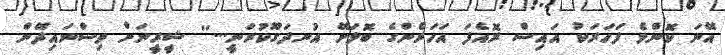
އޭނަ ކޮންމެ ފަހަރަކު އައިސް ރޮއެފަ އަހަރެންގެ ބޮލަށޭ އުނދަގޫކުރަނީ...'' ޝީރީނަށް ވިސްނައިދޭން